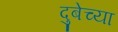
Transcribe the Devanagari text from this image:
दुबेच्या